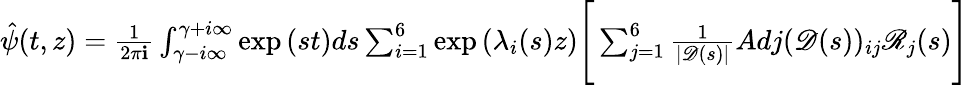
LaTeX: \begin{array}{r}{\hat{\psi}(t,z)=\frac{1}{2\pi\mathbf{i}}\int_{\gamma-i\infty}^{\gamma+i\infty}\exp{(st)}ds\sum_{i=1}^{6}\exp{(\lambda_{i}(s)z)}\Bigg[\sum_{j=1}^{6}\frac{1}{|\mathscr{D}(s)|}Adj(\mathscr{D}(s))_{ij}\mathscr{R}_{j}(s)\Bigg]}\end{array}